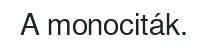
A monociták.